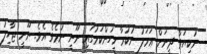
ނުކިޔަވާ ދީނަށް ޢަމަލު ނުކުރާ މީހުންކަމުގައި ނޫނީ ނުމެވެ އެވެ. ނޫނީ ޖާހިލު